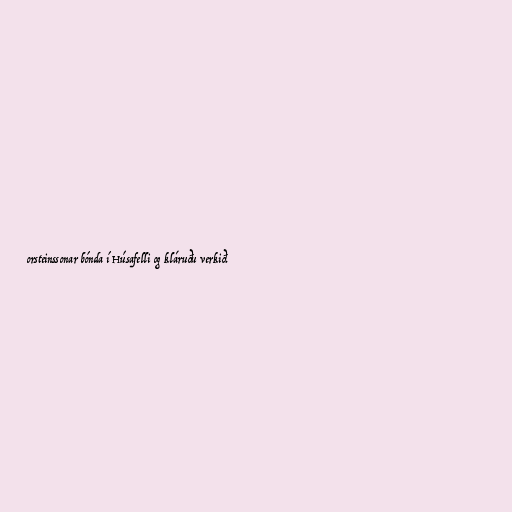
orsteinssonar bónda í Húsafelli og kláruðu verkið.